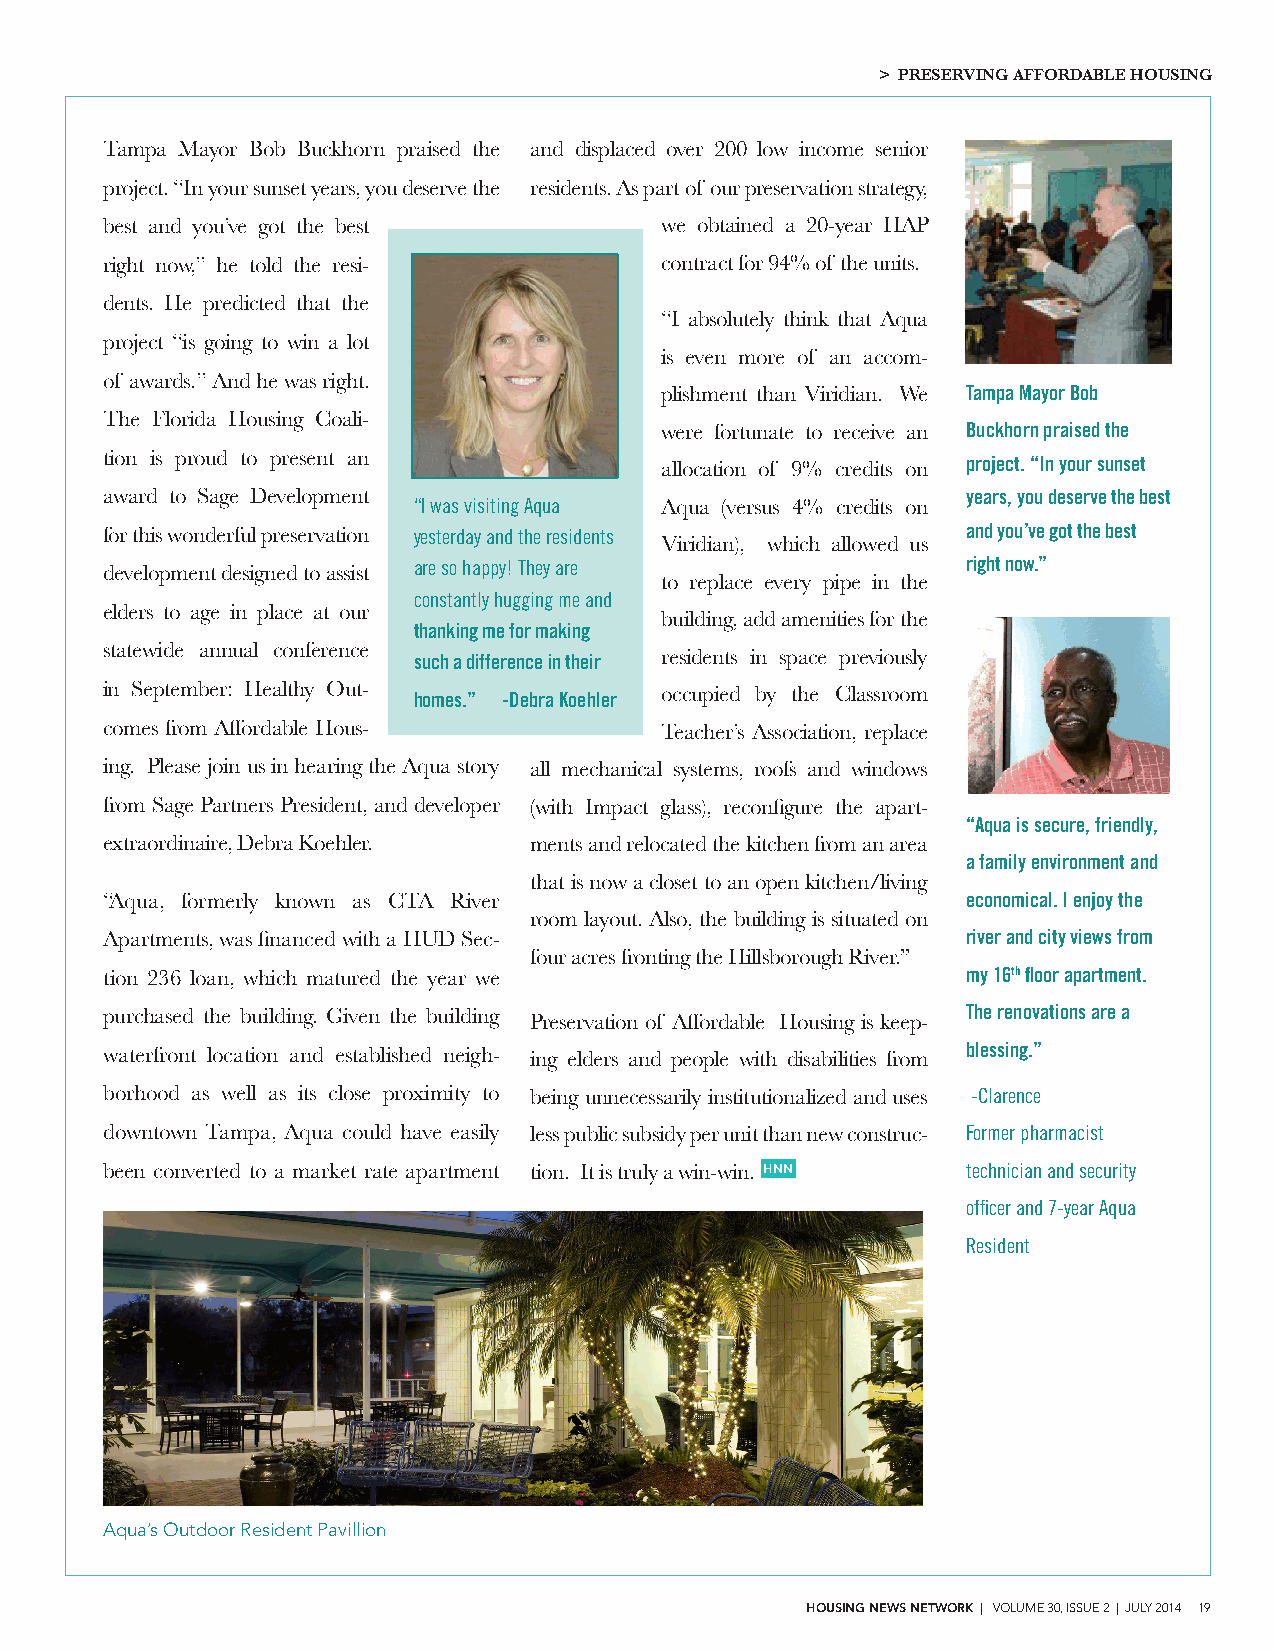
> PRESERVING AFFORDABLE HOUSING
 Tampa Mayor Bob Buckhorn praised the and displaced over 200 low income senior
 project. “In your sunset years, you deserve the residents. As part of our preservation strategy,
 best and you’ve got the best         we obtained a 20-year HAP
 right now,’’ he told the resi-       contract for 94% of the units.
 dents. He predicted that the
 “I absolutely think that Aqua
 project “is going to win a lot
 is even more of an accom-
 of awards.’’ And he was right.
 plishment than Viridian. We Tampa Mayor Bob
 The Florida Housing Coali-
 were fortunate to receive an Buckhorn praised the
 tion is proud to present an          allocation of 9% credits on project. “In your sunset
 award to Sage Development                                years, you deserve the best
 “I was visiting Aqua Aqua (versus 4% credits on
 for this wonderful preservation yesterday and the residents and you’ve got the best
 Viridian), which allowed us
 development designed to assist are so happy! They are    right now.”
 to replace every pipe in the
 constantly hugging me and
 elders to age in place at our
 building, add amenities for the
 thanking me for making
 statewide annual conference such a difference in their residents in space previously
 in September: Healthy Out- homes.” -Debra Koehler occupied by the Classroom
 comes from Affordable Hous-          Teacher’s Association, replace
 ing. Please join us in hearing the Aqua story all mechanical systems, roofs and windows
 from Sage Partners President, and developer (with Impact glass), reconfigure the apart-
 “Aqua is secure, friendly,
 extraordinaire, Debra Koehler. ments and relocated the kitchen from an area
 a family environment and
 that is now a closet to an open kitchen/living
 “Aqua, formerly known as CTA River                       economical. I enjoy the
 room layout. Also, the building is situated on
 Apartments, was financed with a HUD Sec-                 river and city views from
 four acres fronting the Hillsborough River.”
 tion 236 loan, which matured the year we                 my 16th floor apartment.
 purchased the building. Given the building Preservation of Affordable Housing is keep- The renovations are a
 waterfront location and established neigh- ing elders and people with disabilities from blessing.”
 borhood as well as its close proximity to being unnecessarily institutionalized and uses -Clarence
 downtown Tampa, Aqua could have easily less public subsidy per unit than new construc- Former pharmacist
 been converted to a market rate apartment tion. It is truly a win-win. HNN technician and security
 officer and 7-year Aqua
 Resident
 Aqua’s Outdoor Resident Pavillion
 HOUSING NEWS NETWORK | VOLUME 30, ISSUE 2 | JULY 2014 19